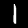
Digit: 1